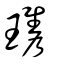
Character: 瓗